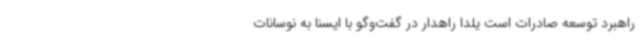
راهبرد توسعه صادرات است یلدا راهدار در گفت‌وگو با ایسنا به نوسانات